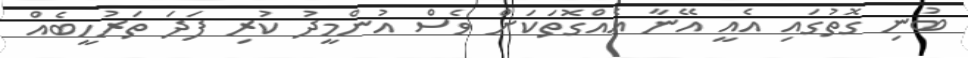
ބުނި ގޮތުގައި އެއީ އޭނާ އެއްގޮތަކަށް ވެސް އުންމީދު ކުރި ފަދަ ތަރުހީބެއް